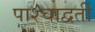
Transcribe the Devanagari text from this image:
पाश्चाद्वर्ती